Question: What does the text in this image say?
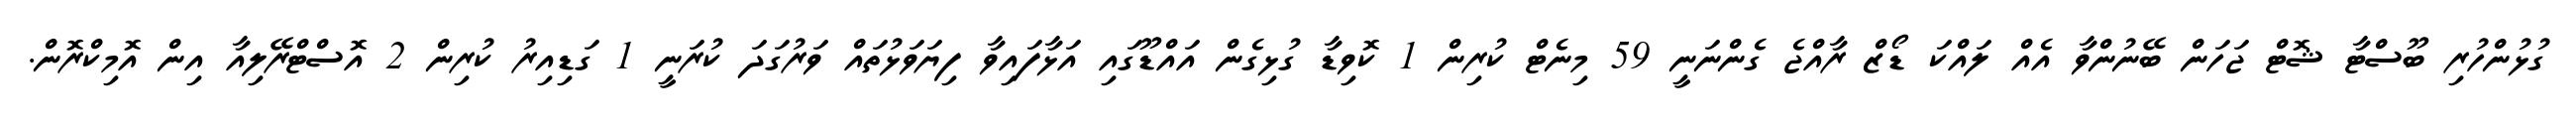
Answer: ގުޅުންހުރި ބޫސްޓާ ޝޮޓް ޖަހަން ބޭނުންވާ އެއް ލައްކަ ޑޯޒް ރާއްޖެ ގެންނަނީ 59 މިނެޓް ކުރިން 1 ކޮވިޑާ ގުޅިގެން އައްޑޫގައި އަޅާފައިވާ ފިޔަވަޅުތައް ވަރުގަދަ ކުރަނީ 1 ގަޑިއިރު ކުރިން 2 އޮސްޓްރޭލިއާ އިން އޮމިކްރޮން.